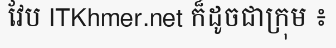
វែប ITKhmer.net ក៏ដូចជាក្រុម ៖